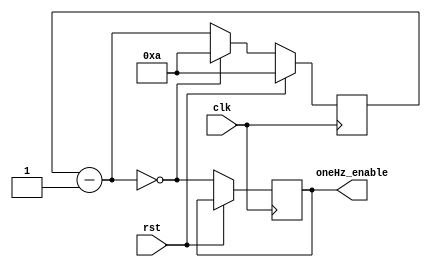
`timescale 1ns / 1ps
//`timescale 1us / 1ns
//////////////////////////////////////////////////////////////////////////////////
// Company: 
// Engineer: 
// 
// Design Name: 
// Module Name: Divider
// Project Name: 
// Target Devices: 
// Tool Versions: 
// Description: 
// 
// Dependencies: 
// 
// Revision:
// Revision 0.01 - File Created
// Additional Comments:
// 
//////////////////////////////////////////////////////////////////////////////////
/*
module Divider(
    input clk,
    input rst,
    output reg oneHz_enable
    );
parameter MAX_COUNT = 50_000 - 1;//50_000_000 -1;
        wire counter_en;
        reg [28:0] counter_100M;
        initial begin oneHz_enable=1;
        end
            
        always @(posedge clk, posedge rst)
            if (rst) counter_100M <=0;
            else if (counter_100M == MAX_COUNT) begin
                counter_100M <=0;
                oneHz_enable = ~oneHz_enable; end
            else counter_100M <= counter_100M + 1'b1;
endmodule
*/

module Divider(
    input clk,
	 input rst,
    output reg oneHz_enable
    );
	 
	 localparam [24:0] period_Hz = 25'd10;
	 reg [24:0]counter = period_Hz;
	 //localparam [26:0] period_Hz = 27'd50_000_000;
	 //reg [26:0]counter = period_Hz;
	 always@(posedge clk)
		begin
			if (rst) counter = period_Hz;
			else begin
				counter = counter - 1;
				oneHz_enable = (counter == 0);
				if (!counter) counter = period_Hz;
			end
		end
endmodule